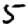
Digit: 5